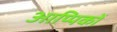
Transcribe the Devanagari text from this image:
आप्पिकों